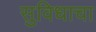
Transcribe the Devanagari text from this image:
सुविधाचा